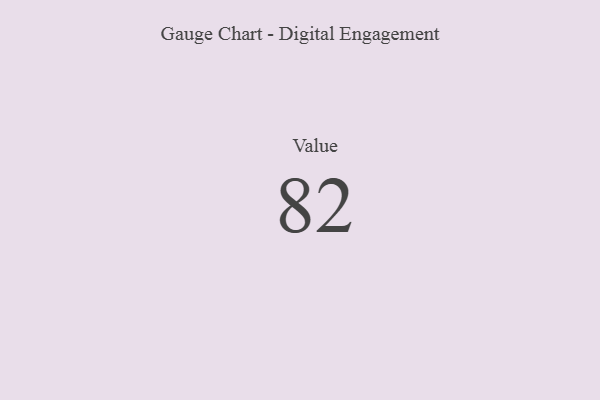
{"axis": {"x": "Metric", "y": "Value"}, "legend": [""], "data": [{"x": "Value", "y": 82, "type": ""}]}